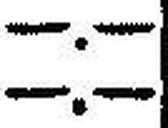
—.—